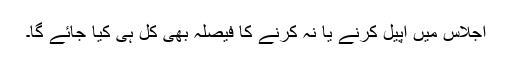
اجلاس میں اپیل کرنے یا نہ کرنے کا فیصلہ بھی کل ہی کیا جائے گا۔